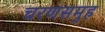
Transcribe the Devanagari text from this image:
चरणसमुह